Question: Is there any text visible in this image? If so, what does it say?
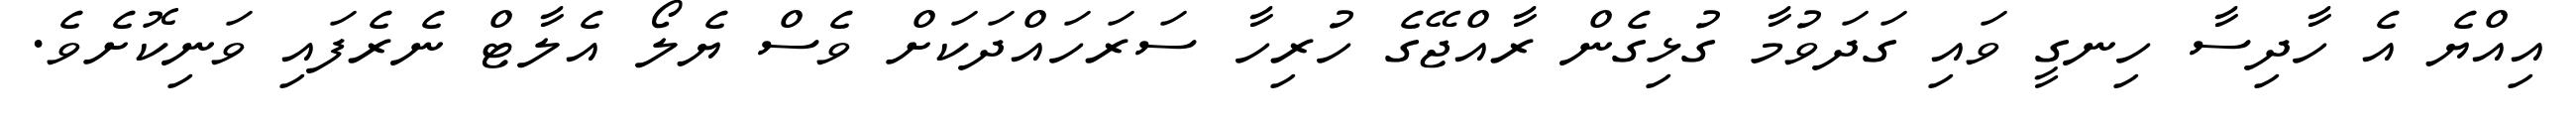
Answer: އިއްޔެ އެ ހާދިސާ ހިނގީ ވައި ގަދަވުމާ ގުޅިގެން ރާއްޖޭގެ ހުރިހާ ސަރަހައްދަކަށް ވެސް ޔެލޯ އެލާޓް ނެރެފައި ވަނިކޮށެވެ.